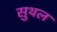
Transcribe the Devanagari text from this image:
सुथल